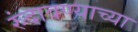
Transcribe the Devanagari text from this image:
रुंदावण्याच्या